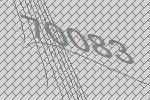
70083